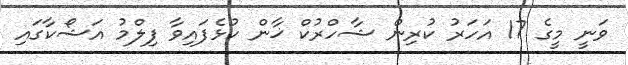
ވަނީ މީގެ 17 އަހަރު ކުރިން ޝާހްރުކް ޚާން ކުޅެފައިވާ ފިލްމު އަޝޯކާގައި